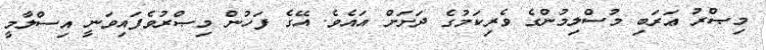
މިޞްރު ޢަރަބި މުސްލިމުންގެ ވެރިކަމުގެ ދަށަށް އައެވެ. އޭގެ ފަހުން މިޞްރުވެފައިވަނީ އިސްލާމީ